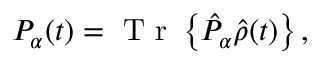
P _ { \alpha } ( t ) = \textrm { T r } \left\{ \hat { P } _ { \alpha } \hat { { \rho } } ( t ) \right\} ,